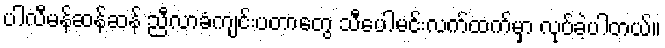
ပါလီမန်ဆန်ဆန် ညီလာခံကျင်းပတာတွေ သီပေါမင်းလက်ထက်မှာ လုပ်ခဲ့ပါတယ်။